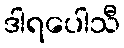
ဒါရပေါသီ